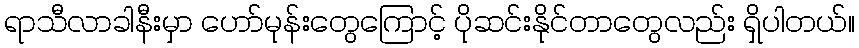
ရာသီလာခါနီးမှာ ဟော်မုန်းတွေကြောင့် ပိုဆင်းနိုင်တာတွေလည်း ရှိပါတယ်။